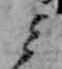
ミ